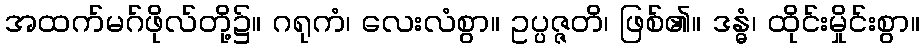
အထက်မဂ်ဖိုလ်တို့၌။ ဂရုကံ၊ လေးလံစွာ။ ဥပ္ပဇ္ဇတိ၊ ဖြစ်၏။ ဒန္ဓံ၊ ထိုင်းမှိုင်းစွာ။